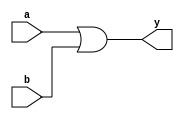
`timescale 1ns/1ns

module orl(a, b, y);
	input  [7:0] a, b;
	output [7:0] y;
	reg    [7:0] y;
	
	always@(a or b) begin
		y <= a | b;
	end
	
endmodule